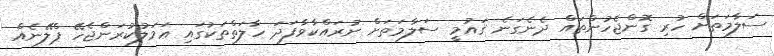
ސަލާމަތަށް ހުރި ގޮންޖެހުންތައް ދެނެގަނެ ޤައުމީ ސަލާމަތަށް ނުރައްކާވާފަދަ ހާލަތްތަކުގައި ޢަމަލުކުރަންޖެހޭ ޕްލޭނެއް